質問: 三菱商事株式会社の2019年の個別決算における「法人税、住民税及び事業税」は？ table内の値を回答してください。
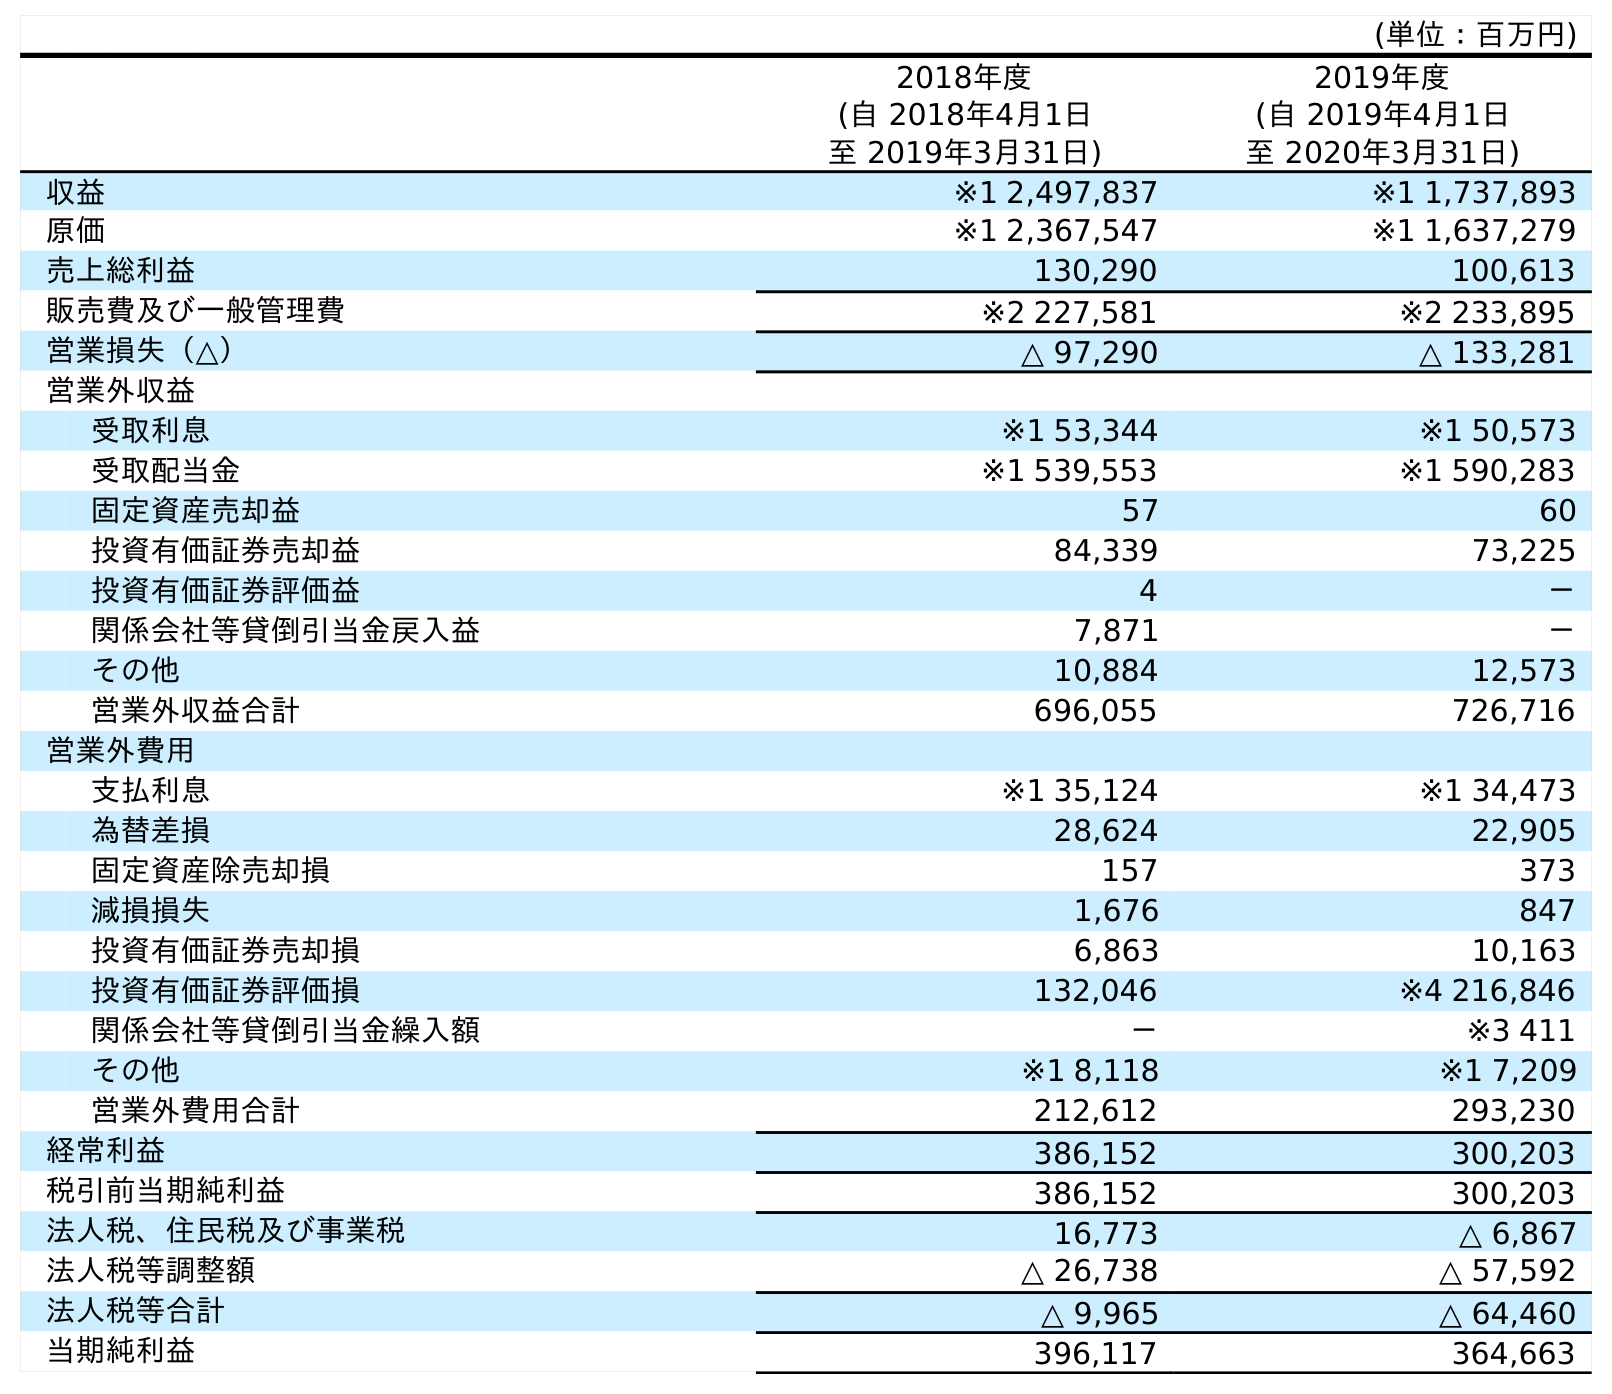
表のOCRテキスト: (単位：百万円) 2018年度 (自 2018年4月1日 至 2019年3月31日) 2019年度 (自 2019年4月1日 至 2020年3月31日) 収益 ※1 2,497,837 ※1 1,737,893 原価 ※1 2,367,547 ※1 1,637,279 売上総利益 130,290 100,613 販売費及び一般管理費 ※2 227,581 ※2 233,895 営業損失（△） △ 97,290 △ 133,281 営業外収益 受取利息 ※1 53,344 ※1 50,573 受取配当金 ※1 539,553 ※1 590,283 固定資産売却益 57 60 投資有価証券売却益 84,339 73,225 投資有価証券評価益 4 － 関係会社等貸倒引当金戻入益 7,871 － その他 10,884 12,573 営業外収益合計 696,055 726,716 営業外費用 支払利息 ※1 35,124 ※1 34,473 為替差損 28,624 22,905 固定資産除売却損 157 373 減損損失 1,676 847 投資有価証券売却損 6,863 10,163 投資有価証券評価損 132,046 ※4 216,846 関係会社等貸倒引当金繰入額 － ※3 411 その他 ※1 8,118 ※1 7,209 営業外費用合計 212,612 293,230 経常利益 386,152 300,203 税引前当期純利益 386,152 300,203 法人税、住民税及び事業税 16,773 △ 6,867 法人税等調整額 △ 26,738 △ 57,592 法人税等合計 △ 9,965 △ 64,460 当期純利益 396,117 364,663
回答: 16,773